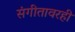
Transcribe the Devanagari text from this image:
संगीतावरही